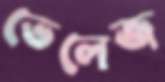
ভেলেজ